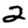
Digit: 2